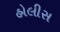
હોલીસ